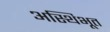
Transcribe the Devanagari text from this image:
अस्थिभूत